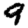
Digit: 9